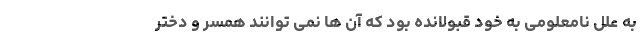
به علل نامعلومی به خود قبولانده بود که آن ها نمی توانند همسر و دختر